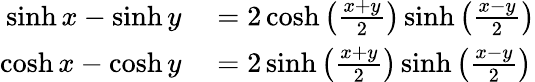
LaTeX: \begin{array}{rl}{\sinh x-\sinh y}&{{}=2\cosh\left({\frac{x+y}{2}}\right)\sinh\left({\frac{x-y}{2}}\right)}\\ {\cosh x-\cosh y}&{{}=2\sinh\left({\frac{x+y}{2}}\right)\sinh\left({\frac{x-y}{2}}\right)}\end{array}